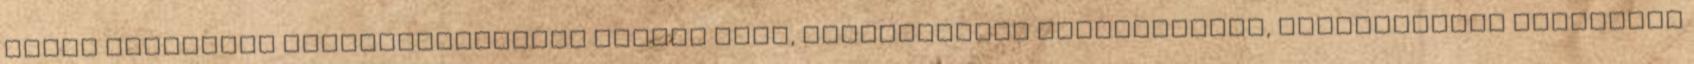
belül illetékes ügyfélkapcsolati vezető neve, elérhetősége telefonszáma, elektronikus levélcíme